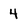
Character: 4